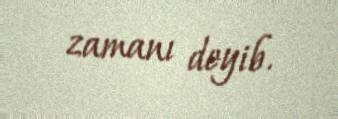
zamanı deyib.